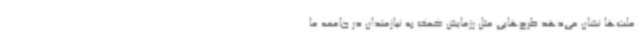
ملت‌ها نشان می‌دهد طرح‌هایی مثل رزمایش کمک به نیازمندان در جامعه ما